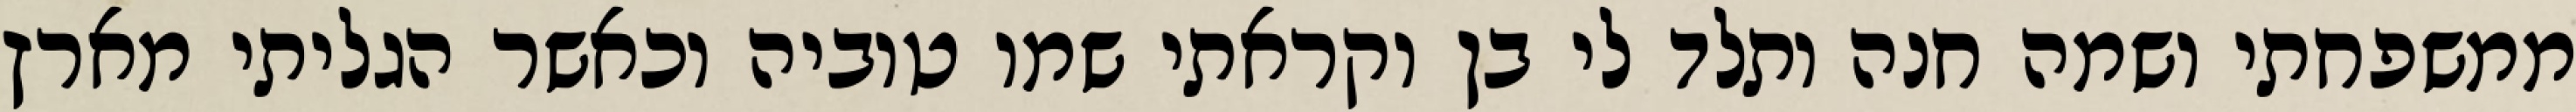
ממשפחתי ושמה חנה ותלד לי בן וקראתי שמו טוביה וכאשר הגליתי מארץ